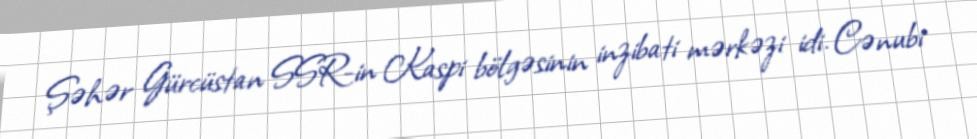
Şəhər Gürcüstan SSR-in Kaspi bölgəsinin inzibati mərkəzi idi. Cənubi